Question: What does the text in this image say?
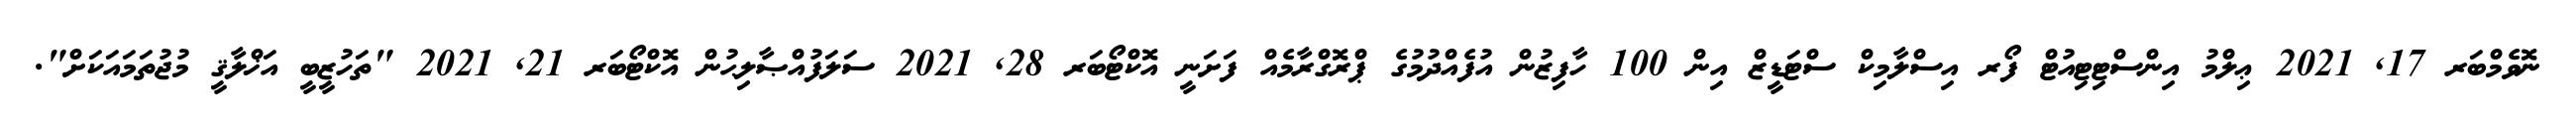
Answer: ނޮވެމްބަރ 17, 2021 ޢިލްމު އިންސްޓިޓިއުޓް ފޯރ އިސްލާމިކް ސްޓަޑީޒް އިން 100 ހާފިޒުން އުފެއްދުމުގެ ޕްރޮގްރާމެއް ފަށަނީ އޮކްޓޯބަރ 28, 2021 ސަލަފުއްޞާލިޙުން އޮކްޓޯބަރ 21, 2021 "ތަހުޒީބީ އަޚްލާޤީ މުޖުތަމައަކަށް".